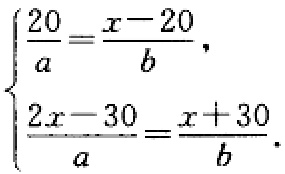
\[\begin{cases}

\frac{20}{a}=\frac{x - 20}{b},\\

\frac{2x - 30}{a}=\frac{x + 30}{b}.

\end{cases}\]